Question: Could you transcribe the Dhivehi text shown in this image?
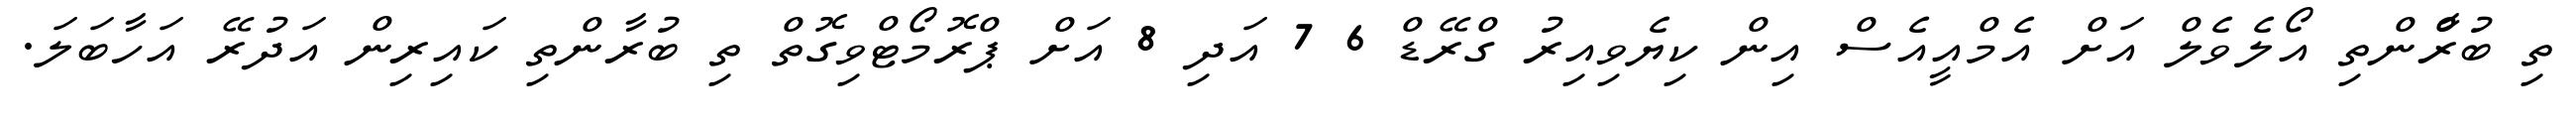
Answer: ތި ބުރާްންތި އޯލެވެލް އަށް އެމްއީއެސް އިން ކިޔެވިއިރު ގްރޭޑް 6 7 އަދި 8 އަށް ޕްރޮމޯޓްވިގޮތް ތި ބުރާންތި ކައިރިން އަދުރޭ އަހާބަލަ.